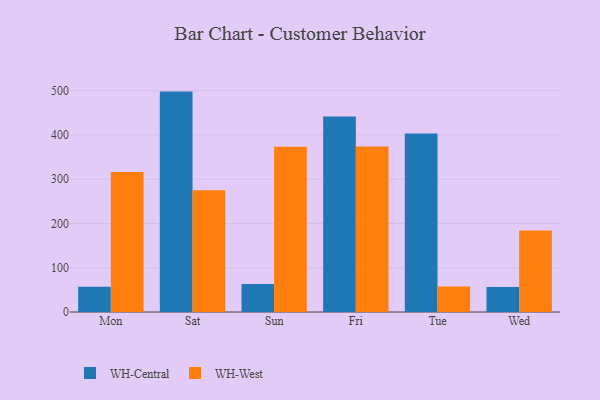
{"axis": {"x": "Day", "y": "Bounce Rate (%)"}, "legend": ["WH-Central", "WH-West"], "data": [{"x": "Mon", "y": 57.0, "type": "WH-Central"}, {"x": "Mon", "y": 316.1, "type": "WH-West"}, {"x": "Sat", "y": 497.9, "type": "WH-Central"}, {"x": "Sat", "y": 275.1, "type": "WH-West"}, {"x": "Sun", "y": 63.3, "type": "WH-Central"}, {"x": "Sun", "y": 373.4, "type": "WH-West"}, {"x": "Fri", "y": 441.4, "type": "WH-Central"}, {"x": "Fri", "y": 374.1, "type": "WH-West"}, {"x": "Tue", "y": 403.1, "type": "WH-Central"}, {"x": "Tue", "y": 57.4, "type": "WH-West"}, {"x": "Wed", "y": 56.6, "type": "WH-Central"}, {"x": "Wed", "y": 183.9, "type": "WH-West"}]}